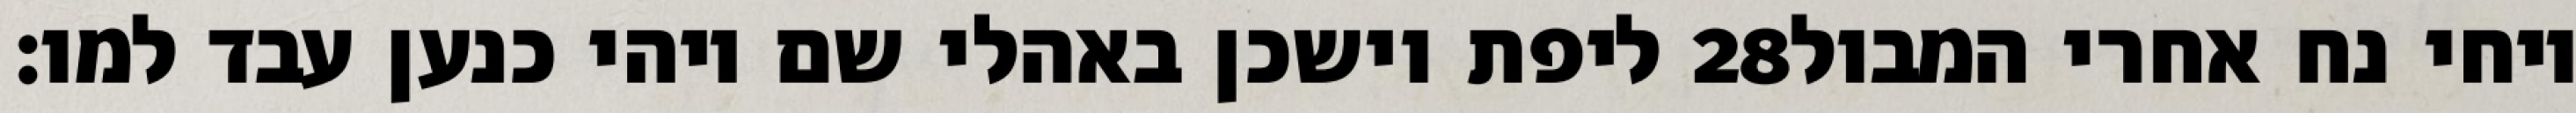
ליפת וישכן באהלי שם ויהי כנען עבד למו׃ ‎28‏ ויחי נח אחרי המבול